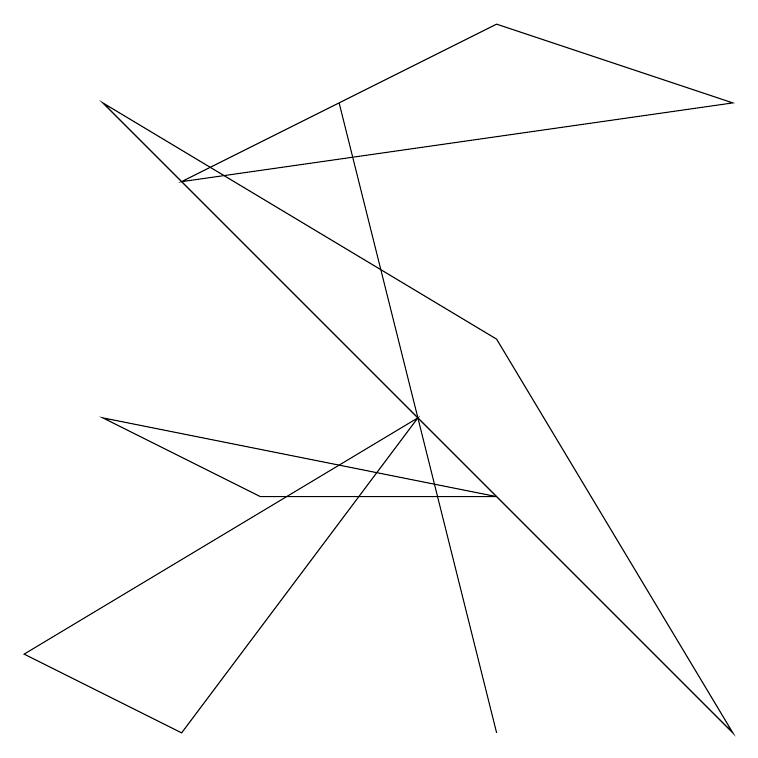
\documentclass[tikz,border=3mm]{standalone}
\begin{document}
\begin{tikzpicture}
\draw (1,8) -- (6,5) -- (9,0) -- cycle;
\draw (6,9) -- (9,8) -- (2,7) -- cycle;
\draw (4,8) -- (4,8) -- (6,0) -- cycle;
\draw (2,0) -- (0,1) -- (5,4) -- cycle;
\draw (1,4) -- (6,3) -- (3,3) -- cycle;
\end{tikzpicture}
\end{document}